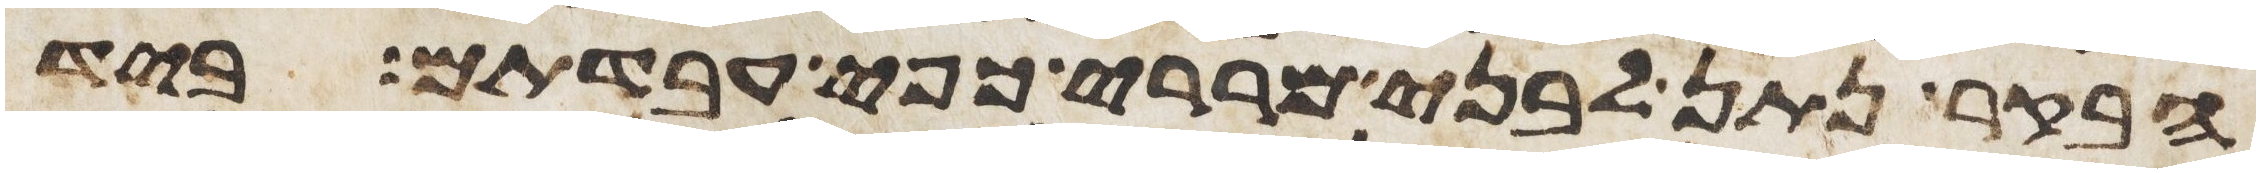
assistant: הבקר נתן לבני מררי כפי עבדתם ביד